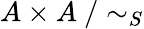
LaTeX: A\times A~/\sim_{S}